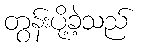
တွန်းပို့ခဲ့သည်